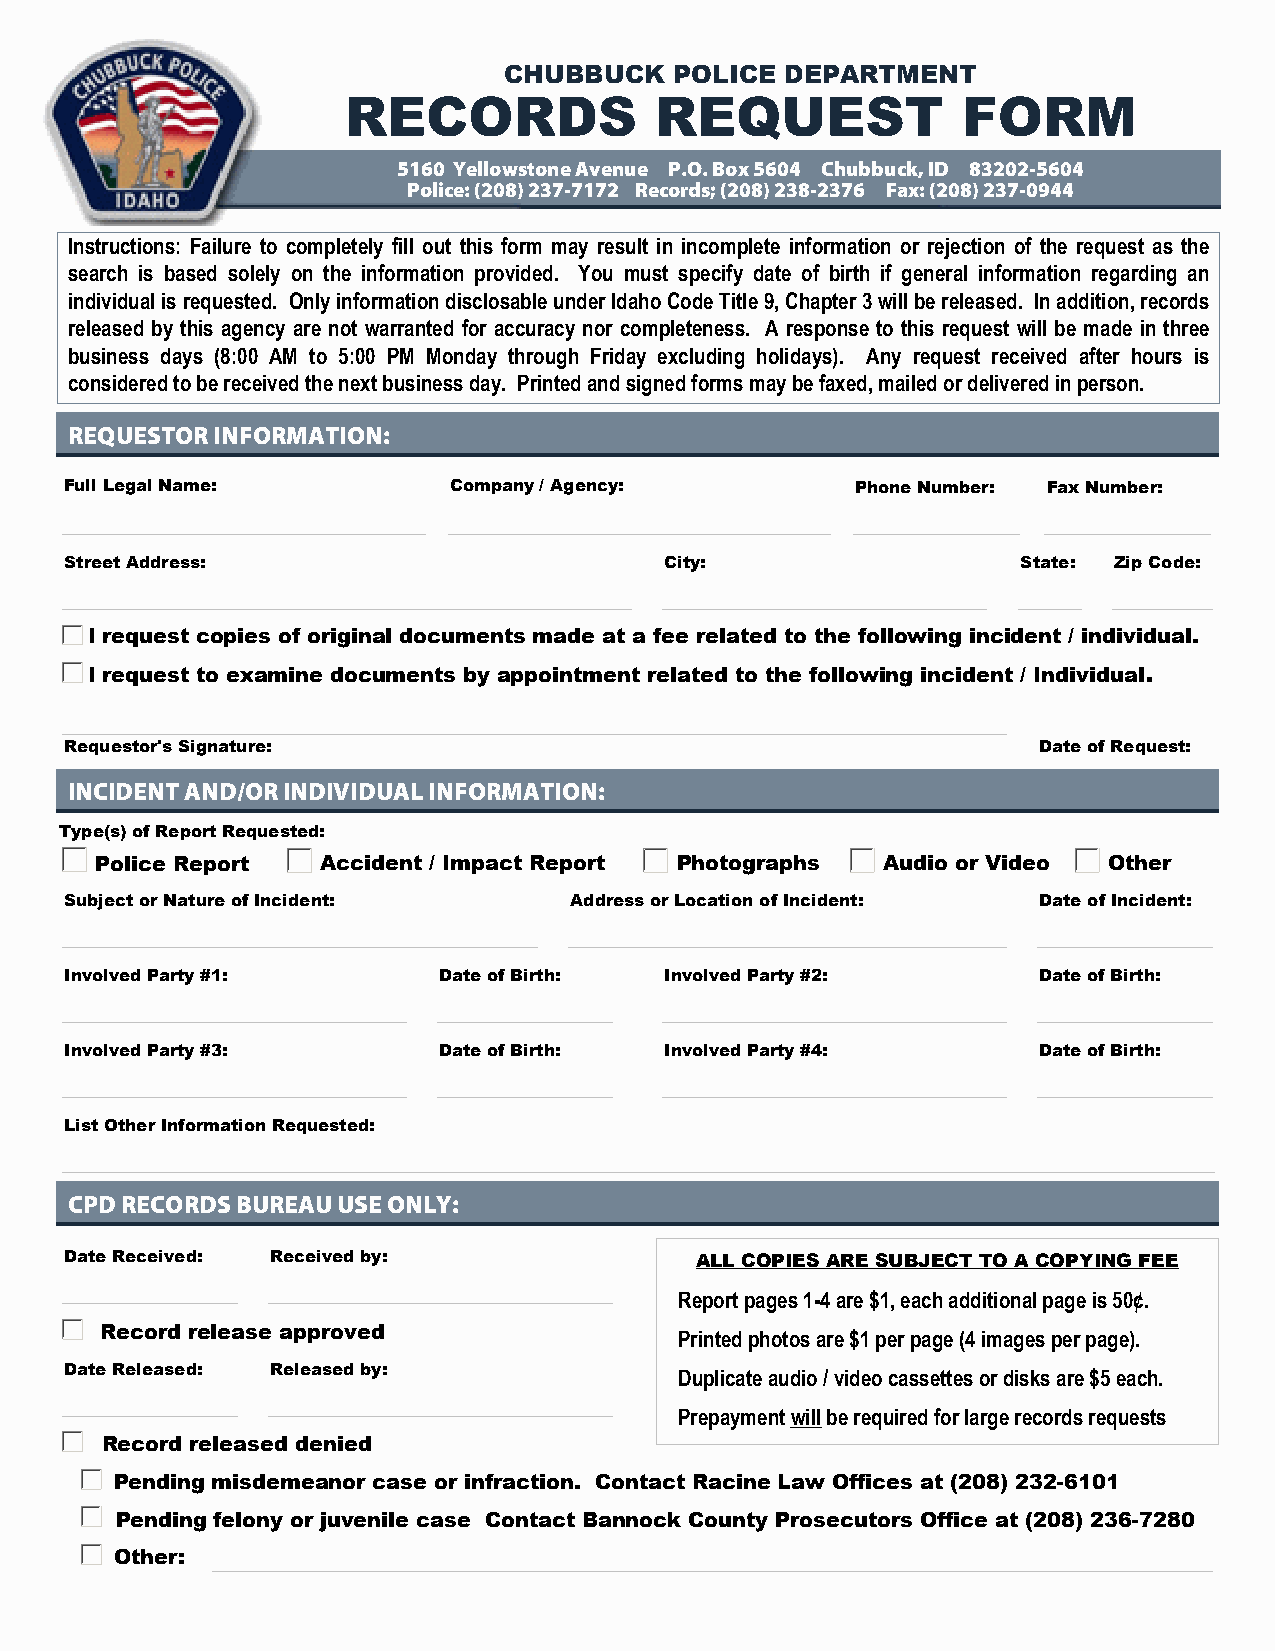
CHUBBUCK    POLICE DEPARTMENT
 RECORDS             REQUEST              FORM
 5160 Yellowstone Avenue P.O. Box 5604 Chubbuck, ID 83202-5604
 Police: (208) 237-7172 Records; (208) 238-2376 Fax: (208) 237-0944
 Instructions: Failure to completely fill out this form may result in incomplete information or rejection of the request as the
 search is based solely on the information provided. You must specify date of birth if general information regarding an
 individual is requested. Only information disclosable under Idaho Code Title 9, Chapter 3 will be released. In addition, records
 released by this agency are not warranted for accuracy nor completeness. A response to this request will be made in three
 business days (8:00 AM to 5:00 PM Monday through Friday excluding holidays). Any request received after hours is
 considered to be received the next business day. Printed and signed forms may be faxed, mailed or delivered in person.
 REQUESTOR INFORMATION:
 Full Legal Name:          Company / Agency:          Phone Number: Fax Number:
 Street Address:                         City:                   State: Zip Code:
 I request copies of original documents made at a fee related to the following incident / individual.
 I request to examine documents by appointment related to the following incident / Individual.
 Requestor's Signature:                                           Date of Request:
 INCIDENT AND/OR INDIVIDUAL INFORMATION:
 Type(s) of Report Requested:
 Police Report  Accident / Impact Report Photographs Audio or Video Other
 Subject or Nature of Incident:    Address or Location of Incident: Date of Incident:
 Involved Party #1:       Date of Birth: Involved Party #2:       Date of Birth:
 Involved Party #3:       Date of Birth: Involved Party #4:       Date of Birth:
 List Other Information Requested:
 CPD RECORDS BUREAU USE ONLY:
 Date Received: Received by:               ALL COPIES ARE SUBJECT TO A COPYING FEE
 Report pages 1-4 are $1, each additional page is 50¢.
 Record release approved
 Printed photos are $1 per page (4 images per page).
 Date Released: Released by:
 Duplicate audio / video cassettes or disks are $5 each.
 Prepayment will be required for large records requests
 Record released denied
 Pending misdemeanor case or infraction. Contact Racine Law Offices at (208) 232-6101
 Pending felony or juvenile case Contact Bannock County Prosecutors Office at (208) 236-7280
 Other: